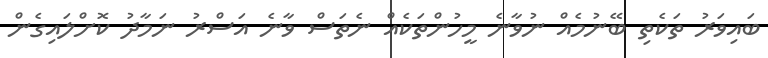
ބައިވަރު ތަކެތި ބޭނުމެއް ނުވާނެ މީހުންތަކެއް ނެތަސް ވާނެ އަސްރު ނަމާދު ކޮށްލައިގެން